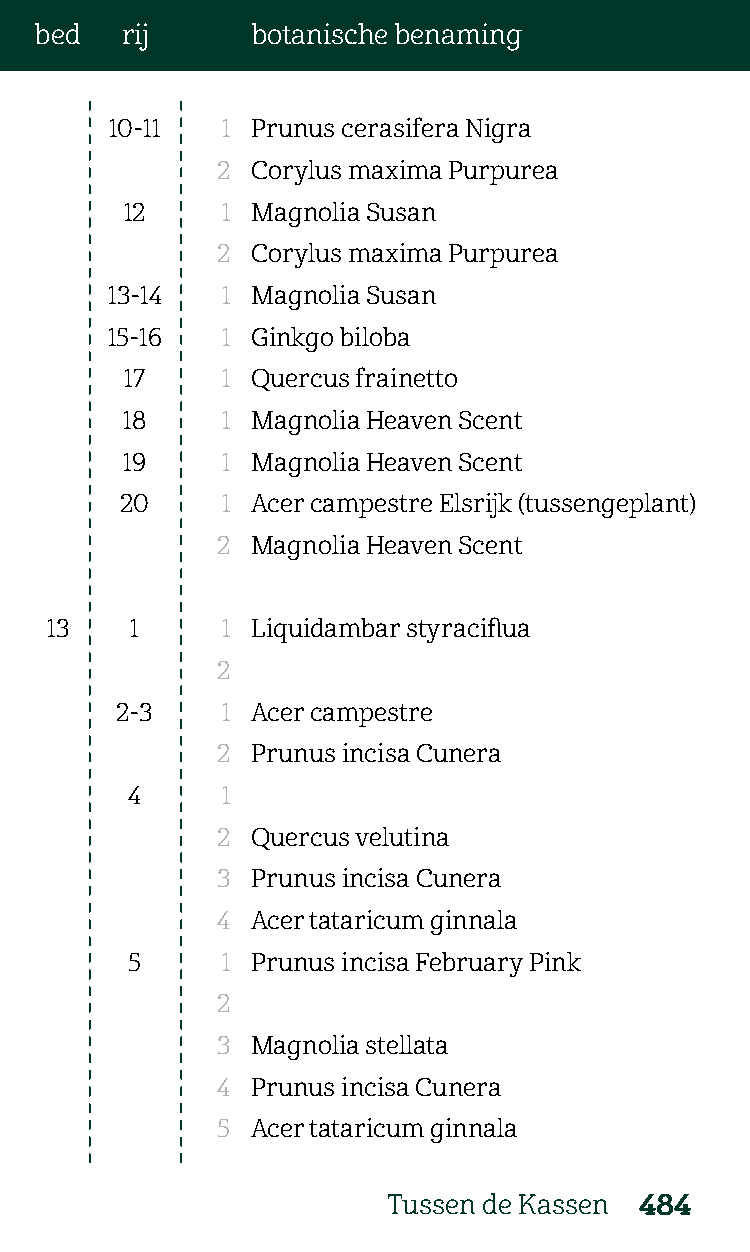
bed   rij      botanische benaming
 10-11   1 Prunus cerasifera Nigra
 2  Corylus maxima Purpurea
 12     1 Magnolia Susan
 2  Corylus maxima Purpurea
 13-14   1 Magnolia Susan
 15-16   1 Ginkgo biloba
 17     1 Quercus frainetto
 18     1 Magnolia Heaven Scent
 19     1 Magnolia Heaven Scent
 20     1 Acer campestre Elsrijk (tussengeplant)
 2  Magnolia Heaven Scent
 13    1     1 Liquidambar styraciflua
 2
 2-3    1 Acer campestre
 2  Prunus incisa Cunera
 4      1
 2  Quercus velutina
 3  Prunus incisa Cunera
 4  Acer tataricum ginnala
 5      1 Prunus incisa February Pink
 2
 3  Magnolia stellata
 4  Prunus incisa Cunera
 5  Acer tataricum ginnala
 Tussen de Kassen 484